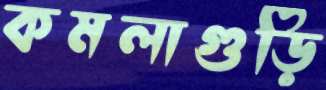
কমলাগুড়ি